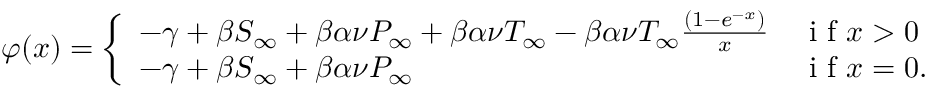
\varphi ( x ) = \left\{ \begin{array} { l l } { - \gamma + \beta S _ { \infty } + \beta \alpha \nu P _ { \infty } + \beta \alpha \nu T _ { \infty } - \beta \alpha \nu T _ { \infty } \frac { ( 1 - e ^ { - x } ) } { x } } & { \mathrm { ~ i ~ f ~ } x > 0 } \\ { - \gamma + \beta S _ { \infty } + \beta \alpha \nu P _ { \infty } } & { \mathrm { ~ i ~ f ~ } x = 0 . } \end{array} \right.